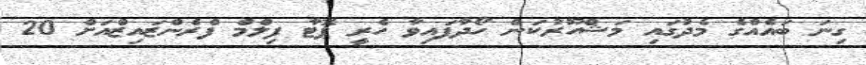
ގިނަ ބައެއްގެ މެދުގައި މަޝްހޫރުކަން ހޯދާފައިވާ ހެރީ ޕޮޓާ ފިލްމް ފްރެންޒައިޒްއަށް 20